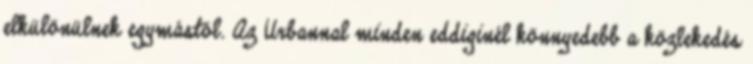
elkülönülnek egymástól. Az Urbannal minden eddiginél könnyedebb a közlekedés